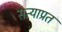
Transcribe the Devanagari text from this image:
सत्याप्रत